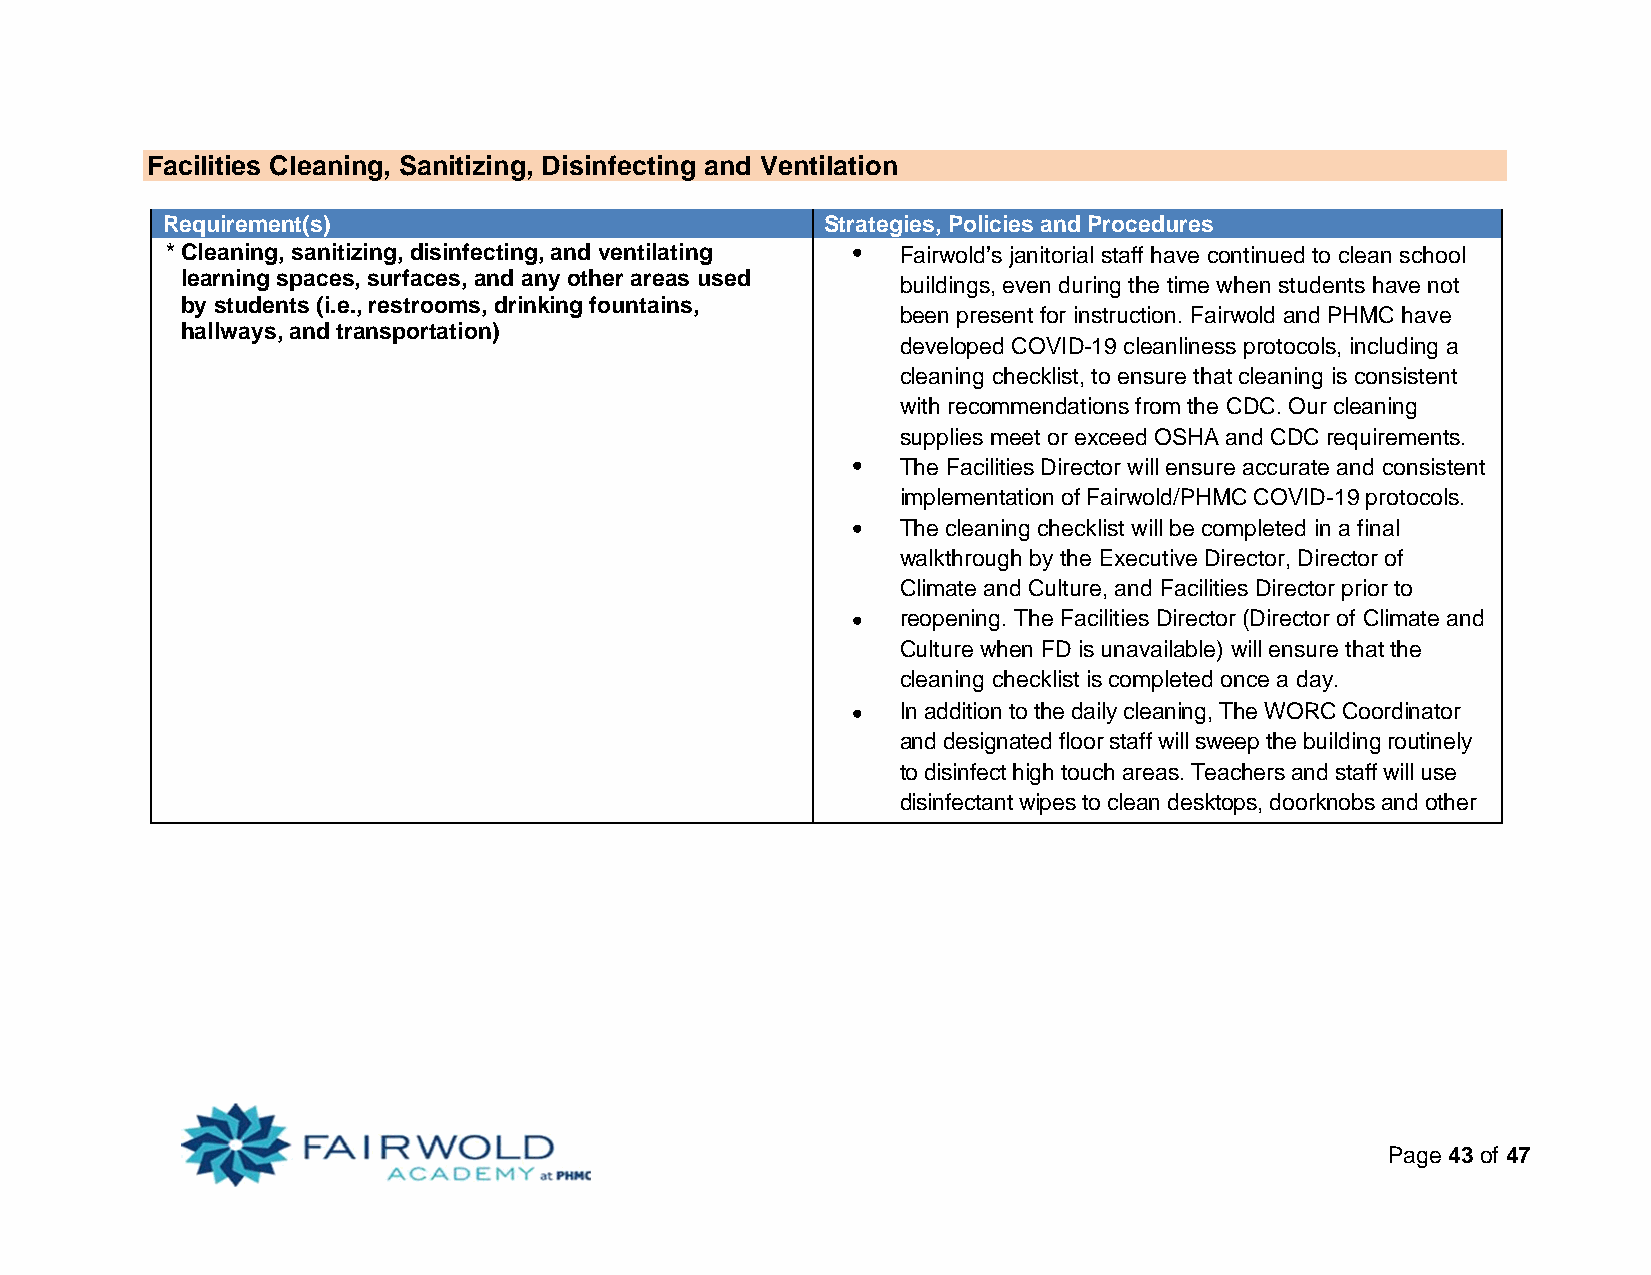
Facilities Cleaning, Sanitizing, Disinfecting and Ventilation
 Requirement(s)                              Strategies, Policies and Procedures
 * Cleaning, sanitizing, disinfecting, and ventilating • Fairwold’s janitorial staff have continued to clean school
 learning spaces, surfaces, and any other areas used
 buildings, even during the time when students have not
 by students (i.e., restrooms, drinking fountains,
 been present for instruction. Fairwold and PHMC have
 hallways, and transportation)
 developed COVID-19 cleanliness protocols, including a
 cleaning checklist, to ensure that cleaning is consistent
 with recommendations from the CDC. Our cleaning
 supplies meet or exceed OSHA and CDC requirements.
 •   The Facilities Director will ensure accurate and consistent
 implementation of Fairwold/PHMC COVID-19 protocols.
 •   The cleaning checklist will be completed in a final
 walkthrough by the Executive Director, Director of
 Climate and Culture, and Facilities Director prior to
 •   reopening. The Facilities Director (Director of Climate and
 Culture when FD is unavailable) will ensure that the
 cleaning checklist is completed once a day.
 •   In addition to the daily cleaning, The WORC Coordinator
 and designated floor staff will sweep the building routinely
 to disinfect high touch areas. Teachers and staff will use
 disinfectant wipes to clean desktops, doorknobs and other
 Page 43 of 47